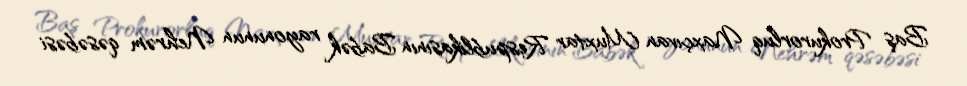
Baş Prokurorluq Naxçıvan Muxtar Respublikasının Babək rayonunun Nehrəm qəsəbəsi